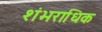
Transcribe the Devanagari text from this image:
शंभराधिक